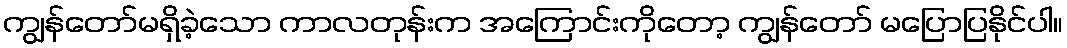
ကျွန်တော်မရှိခဲ့သော ကာလတုန်းက အကြောင်းကိုတော့ ကျွန်တော် မပြောပြနိုင်ပါ။